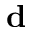
\mathbf { d }